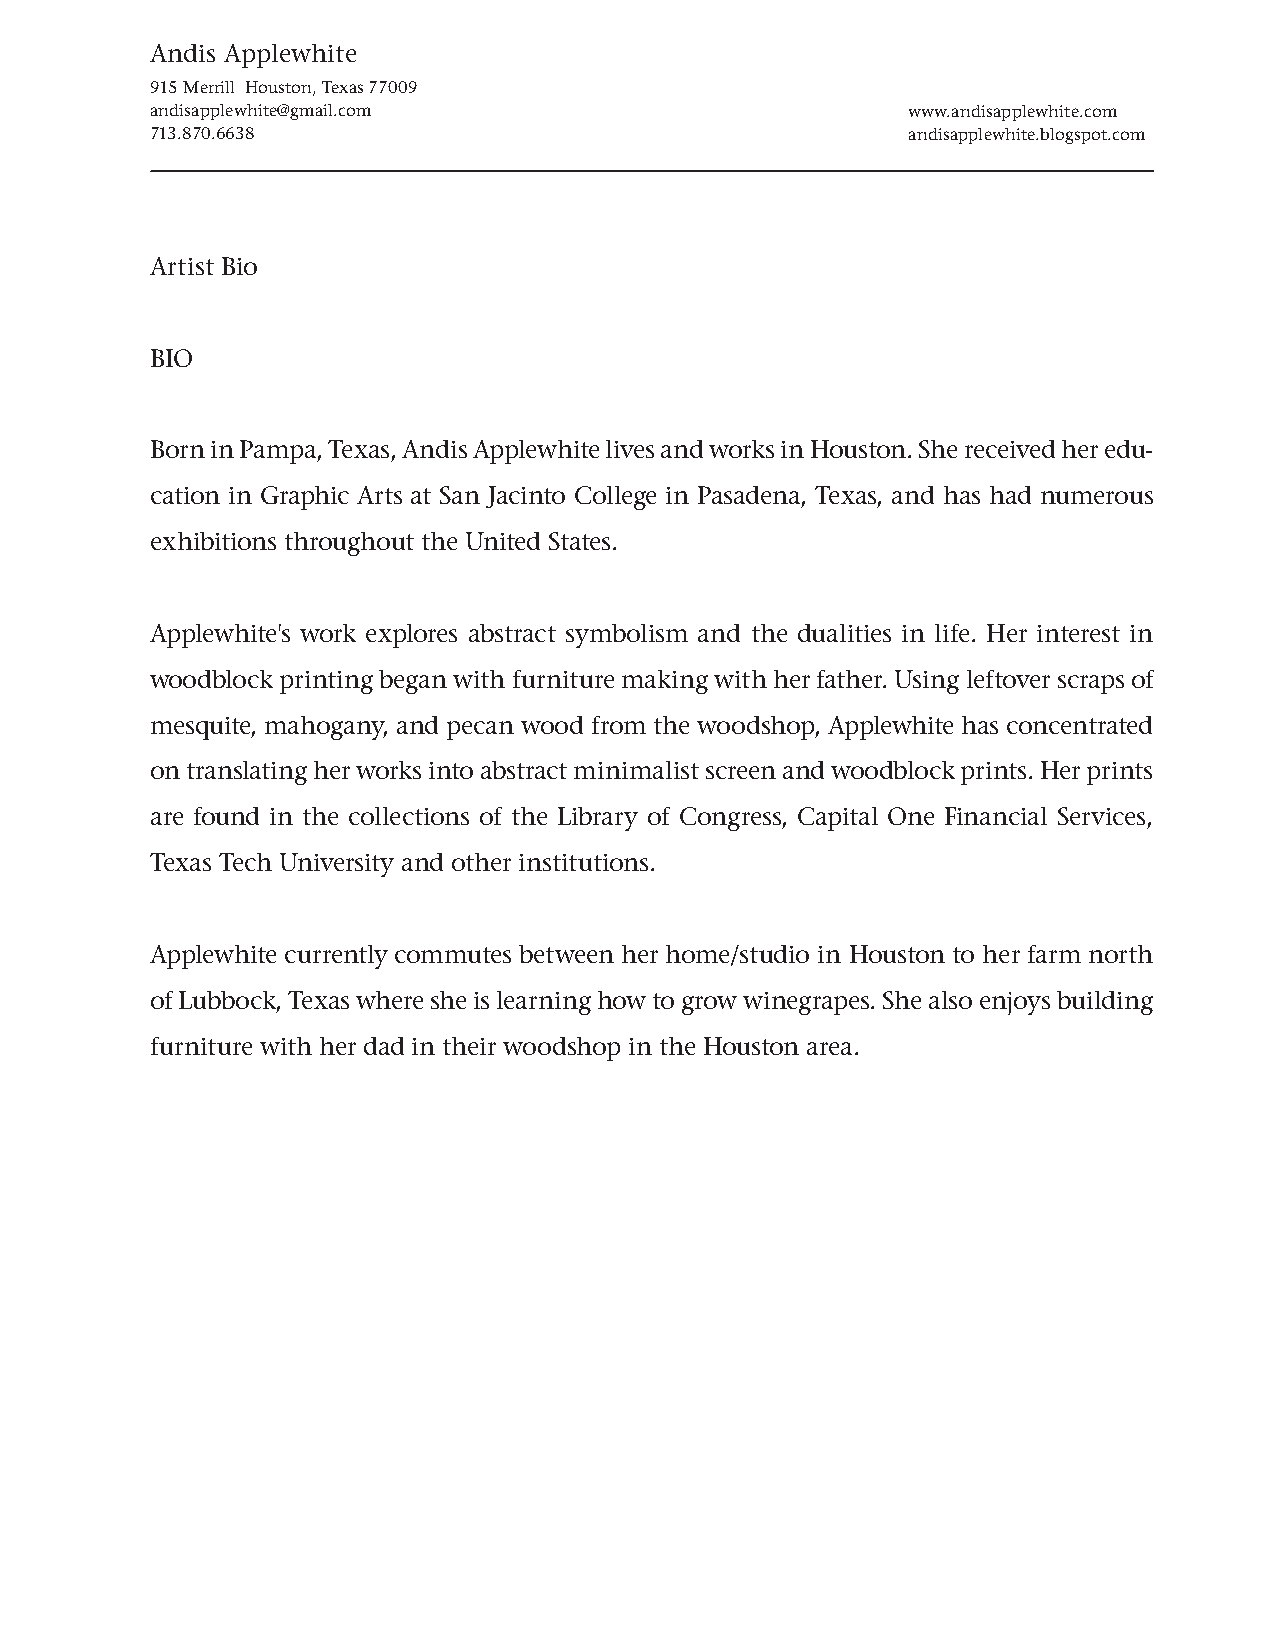
Andis Applewhite
 915 Merrill Houston, Texas 77009
 andisapplewhite@gmail.com                         www.andisapplewhite.com
 713.870.6638                                      andisapplewhite.blogspot.com
 Artist Bio
 BIO
 Born in Pampa, Texas, Andis Applewhite lives and works in Houston. She received her edu-
 cation in Graphic Arts at San Jacinto College in Pasadena, Texas, and has had numerous
 exhibitions throughout the United States.
 Applewhite's work explores abstract symbolism and the dualities in life. Her interest in
 woodblock printing began with furniture making with her father. Using leftover scraps of
 mesquite, mahogany, and pecan wood from the woodshop, Applewhite has concentrated
 on translating her works into abstract minimalist screen and woodblock prints. Her prints
 are found in the collections of the Library of Congress, Capital One Financial Services,
 Texas Tech University and other institutions.
 Applewhite currently commutes between her home/studio in Houston to her farm north
 of Lubbock, Texas where she is learning how to grow winegrapes. She also enjoys building
 furniture with her dad in their woodshop in the Houston area.